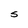
Character: s